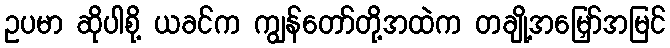
ဥပမာ ဆိုပါစို့ ယခင်က ကျွန်တော်တို့အထဲက တချို့အမြှော်အမြင်